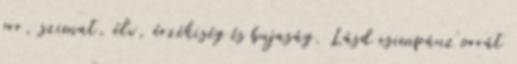
orr, szimat, élv, érzékiség és bujaság. Lásd csimpánz orrát